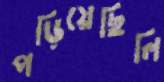
পড়িয়েছিলি